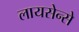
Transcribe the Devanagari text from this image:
लायसेन्से